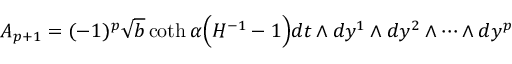
A _ { p + 1 } = ( - 1 ) ^ { p } \sqrt { b } \coth \alpha \Big ( H ^ { - 1 } - 1 \Big ) d t \wedge d y ^ { 1 } \wedge d y ^ { 2 } \wedge \cdots \wedge d y ^ { p }